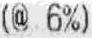
(@ 6%)